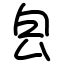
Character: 㿝